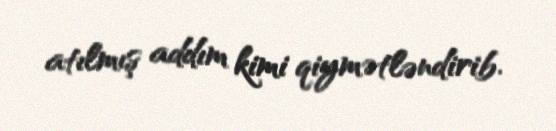
atılmış addım kimi qiymətləndirib.